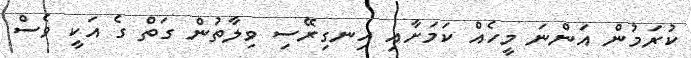
ކުރަމުން އަންނަ މީހެއް ކަމަށާއި އިނގިރޭސި ވިލާތުން ގަތް ގެ އަކީ ވެސް